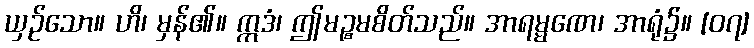
ယှဉ်သော။ ဟိ၊ မှန်၏။ ဣဒံ၊ ဤမဉ္စမစိတ်သည်။ အာရမ္မဏေ၊ အာရုံ၌။ [၀၇]